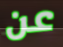
عن